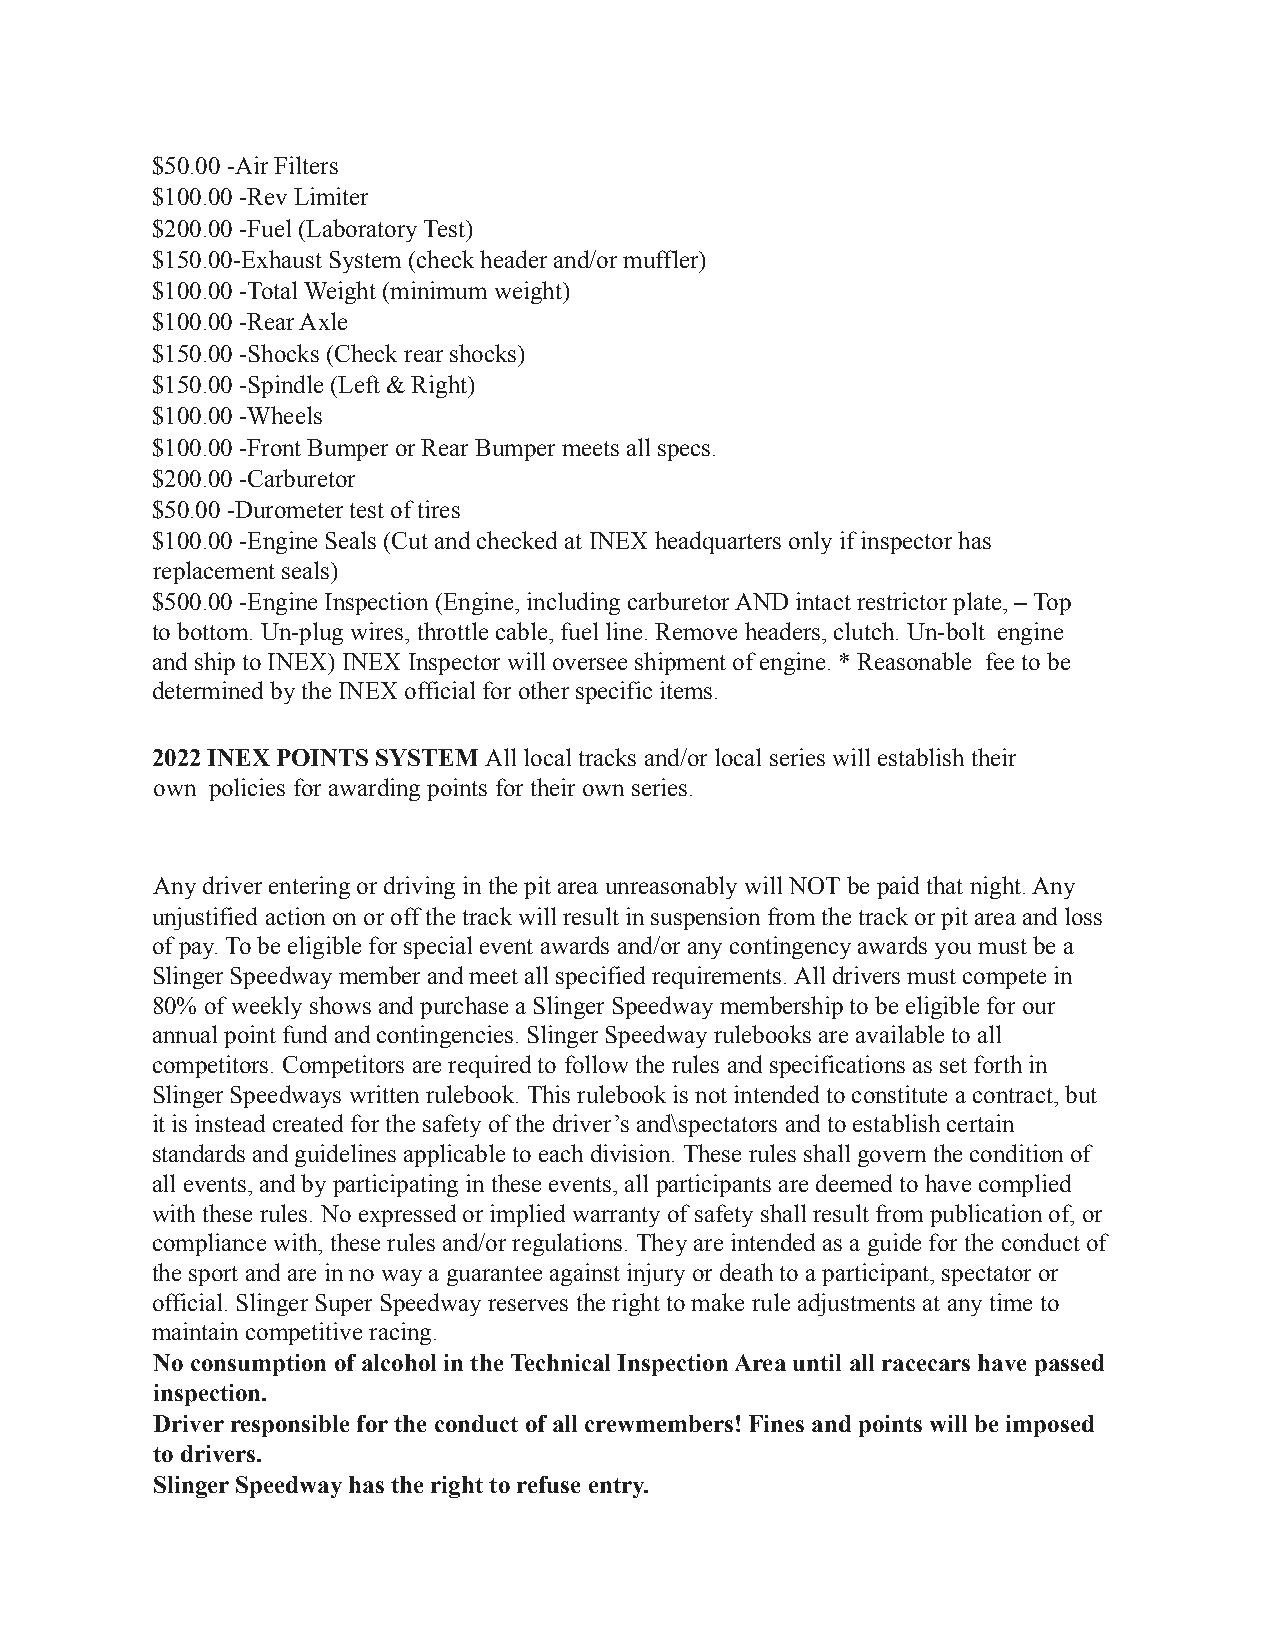
$50.00 -Air Filters
 $100.00 -Rev Limiter
 $200.00 -Fuel (Laboratory Test)
 $150.00-Exhaust System (check header and/or muffler)
 $100.00 -Total Weight (minimum weight)
 $100.00 -Rear Axle
 $150.00 -Shocks (Check rear shocks)
 $150.00 -Spindle (Left & Right)
 $100.00 -Wheels
 $100.00 -Front Bumper or Rear Bumper meets all specs.
 $200.00 -Carburetor
 $50.00 -Durometer test of tires
 $100.00 -Engine Seals (Cut and checked at INEX headquarters only if inspector has
 replacement seals)
 $500.00 -Engine Inspection (Engine, including carburetor AND intact restrictor plate, – Top
 to bottom. Un-plug wires, throttle cable, fuel line. Remove headers, clutch. Un-bolt engine
 and ship to INEX) INEX Inspector will oversee shipment of engine. * Reasonable fee to be
 determined by the INEX official for other specific items.
 2022 INEX POINTS SYSTEMAll local tracks and/or local series will establish their
 own policies for awarding points for their own series.
 Any driver entering or driving in the pit area unreasonably will NOT be paid that night. Any
 unjustified action on or off the track will result in suspension from the track or pit area and loss
 of pay. To be eligible for special event awards and/or any contingency awards you must be a
 Slinger Speedway member and meet all specified requirements. All drivers must compete in
 80% of weekly shows and purchase a Slinger Speedway membership to be eligible for our
 annual point fund and contingencies. Slinger Speedway rulebooks are available to all
 competitors. Competitors are required to follow the rules and specifications as set forth in
 Slinger Speedways written rulebook. This rulebook is not intended to constitute a contract, but
 it is instead created for the safety of the driver’s and\spectators and to establish certain
 standards and guidelines applicable to each division. These rules shall govern the condition of
 all events, and by participating in these events, all participants are deemed to have complied
 with these rules. No expressed or implied warranty of safety shall result from publication of, or
 compliance with, these rules and/or regulations. They are intended as a guide for the conduct of
 the sport and are in no way a guarantee against injury or death to a participant, spectator or
 official. Slinger Super Speedway reserves the right to make rule adjustments at any time to
 maintain competitive racing.
 No consumption of alcohol in the Technical Inspection Area until all racecars have passed
 inspection.
 Driver responsible for the conduct of all crewmembers! Fines and points will be imposed
 to drivers.
 Slinger Speedway has the right to refuse entry.